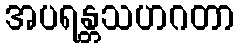
အပရန္တသဟဂတာ